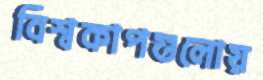
বিশ্বকাপগুলোয়